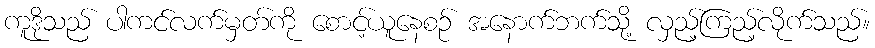
ကူဒိုသည် ပါကင်လက်မှတ်ကို စောင့်ယူနေစဉ် အနောက်ဘက်သို့ လှည့်ကြည့်လိုက်သည်။